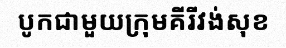
បូកជាមួយក្រុមគីរីវង់សុខ